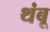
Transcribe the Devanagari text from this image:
थंबू